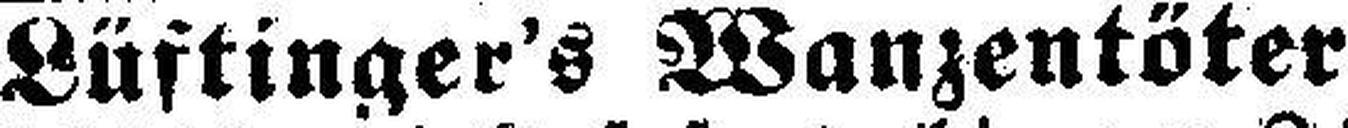
Lüftinger's Wanzentöter